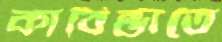
কাবিন্ডাতে